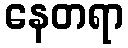
နေတရာ